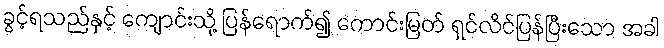
ခွင့်ရသည်နှင့် ကျောင်းသို့ ပြန်ရောက်၍ ကောင်းမြတ် ရှင်လိင်ပြန်ပြီးသော အခါ